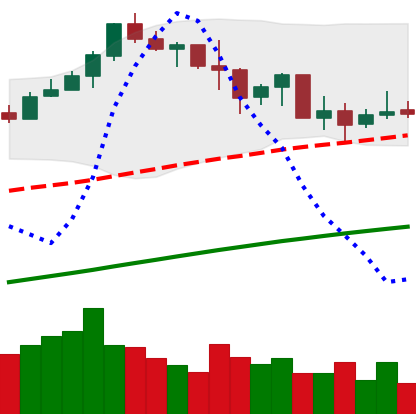
Ticker: BNB-USD
Chart end date: 2019-07-05
Forward return: -3.778%
Label: down_3_5